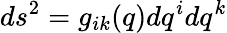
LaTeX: ds^{2}=g_{ik}(q)dq^{i}dq^{k}